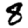
Digit: 8